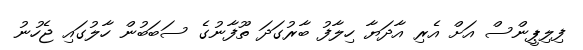
ފިލިޕީންސް އަށް އެރި އާދަޔާ ހިލާފު ބާރުގަދަ ތޫފާނުގެ ސަބަބުން ހާލުގައި ޖެހުނު